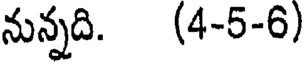
నున్నది. (4-5-6)